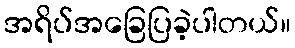
အရိပ်အခြေပြခဲ့ပါတယ်။